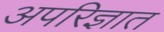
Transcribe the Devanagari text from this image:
अपरिज्ञात